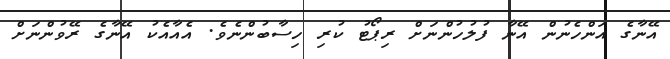
އޭނާގެ އަންހެނުން އޭނާ ފުލުހުންނަށް ރިޕޯޓު ކުރި ހިސާބުންނެވެ. އެއާއެކު އޭނާގެ ރޭވުންނަށް